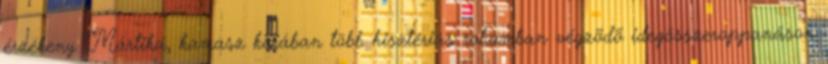
érzékeny Mártika, kamasz korában több hisztériás rohamban végzõdõ idegösszeroppanáson